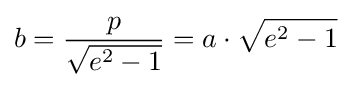
b={\frac {p}{\sqrt {e^{2}-1}}}=a\cdot {\sqrt {e^{2}-1}}